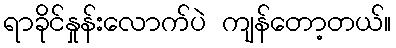
ရာခိုင်နှုန်းလောက်ပဲ ကျန်တော့တယ်။